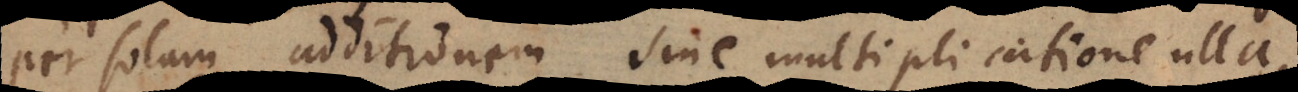
per solam additionem sine multiplicatione ulla,